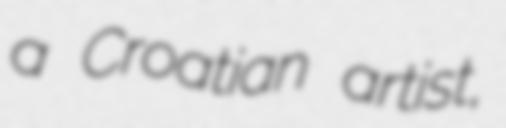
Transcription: a Croatian artist,